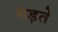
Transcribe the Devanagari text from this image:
गड़ते